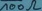
Text: 100Ω